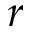
r